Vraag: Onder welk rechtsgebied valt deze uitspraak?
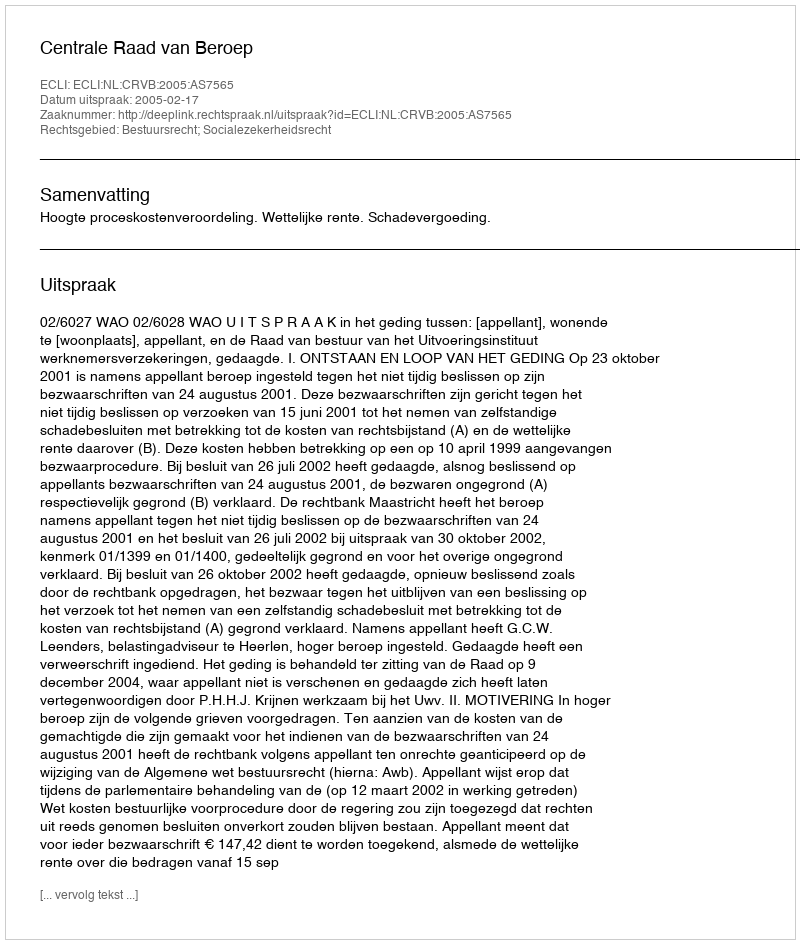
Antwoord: Bestuursrecht; Socialezekerheidsrecht